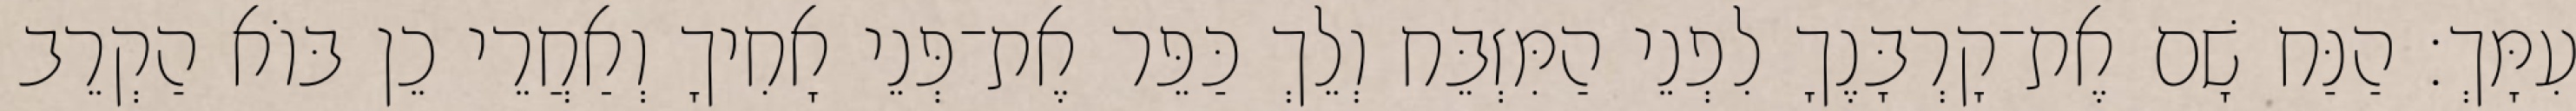
עִמָּךְ׃ הַנַּח שָׁם אֶת־קָרְבָּנֶךָ לִפְנֵי הַמִּזְבֵּח וְלֵךְ כַּפֵּר אֶת־פְּנֵי אָחִיךָ וְאַחֲרֵי כֵן בּוֹא הַקְרֵב